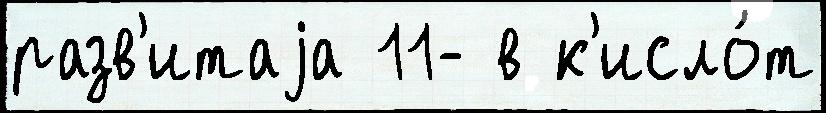
разв'итаjа 11- в к'исло́т